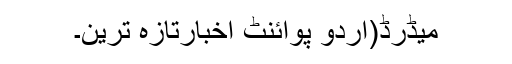
میڈرڈ(اُردو پوائنٹ اخبارتازہ ترین۔